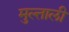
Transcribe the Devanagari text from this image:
मुल्ताली